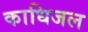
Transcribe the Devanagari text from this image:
काधिजल